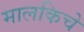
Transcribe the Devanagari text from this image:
मालकिचे